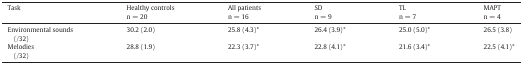
<table><thead><tr><td><b>Task</b></td><td><b>Healthy controlsn = 20</b></td><td><b>All patientsn = 16</b></td><td><b>SDn = 9</b></td><td><b>TLn = 7</b></td><td><b>MAPTn = 4</b></td></tr></thead><tbody><tr><td>Environmental sounds(/32)</td><td>30.2 (2.0)</td><td>25.8 (4.3)*</td><td>26.4 (3.9)*</td><td>25.0 (5.0)*</td><td>26.5 (3.8)</td></tr><tr><td>Melodies(/32)</td><td>28.8 (1.9)</td><td>22.3 (3.7)*</td><td>22.8 (4.1)*</td><td>21.6 (3.4)*</td><td>22.5 (4.1)*</td></tr></tbody></table>